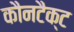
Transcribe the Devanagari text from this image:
कौनटैक्ट